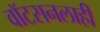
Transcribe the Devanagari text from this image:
वाॅटसनलाही